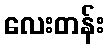
လေးတန်း